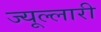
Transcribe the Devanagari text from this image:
ज्यूल्लारी